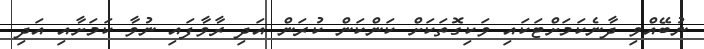
ނުބޭއްވި ދާނެކަމަށްޓަކައި ވަކިގޮތަކަށް ކަންކަން ކުރަން އަދި ރާވާފައި ނުވާ ކަމަށާއި އަދި